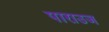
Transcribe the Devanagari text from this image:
पाराउज